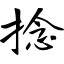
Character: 捻